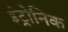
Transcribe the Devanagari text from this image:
इंट्रोनिक